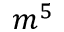
m ^ { 5 }